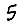
Digit: 5